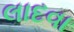
લાદવા